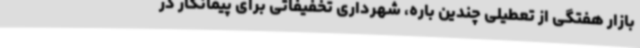
بازار هفتگی از تعطیلی چندین باره، شهرداری تخفیفاتی برای پیمانکار در